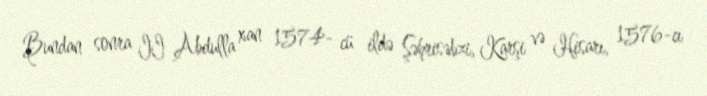
Bundan sonra II Abdulla xan 1574- cü ildə Şəhrisəbzi, Karşi və Hisarı, 1576-cı